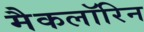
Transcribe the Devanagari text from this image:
मैकलॉरिन